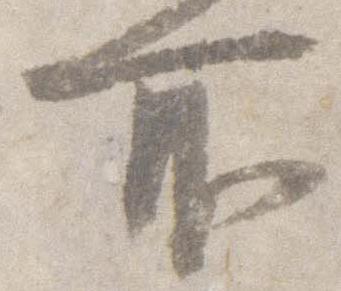
所